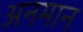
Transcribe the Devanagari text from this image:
अनमान